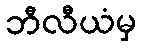
ဘီလီယံမှ